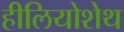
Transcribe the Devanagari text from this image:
हीलियोशेथ